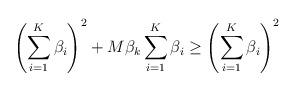
LaTeX: \begin{align*}\left(\sum_{i=1}^{K}\beta_{i}\right)^2+M\beta_{k}\sum_{i=1}^{K}\beta_{i} \geq \left(\sum_{i=1}^{K}\beta_{i}\right)^2\end{align*}